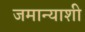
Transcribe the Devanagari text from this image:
जमान्याशी